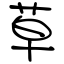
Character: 草